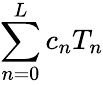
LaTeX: \sum_{n=0}^{L}c_{n}T_{n}